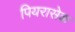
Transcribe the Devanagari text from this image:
पियरासेक